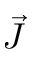
\vec { J }